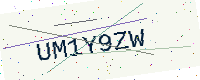
Text: UM1Y9ZW